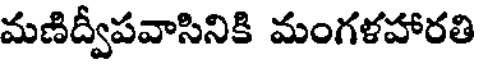
మణిద్వీపవాసినికి మంగళహారతి